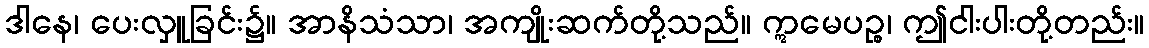
ဒါနေ၊ ပေးလှူခြင်း၌။ အာနိသံသာ၊ အကျိုးဆက်တို့သည်။ ဣမေပဉ္စ၊ ဤငါးပါးတို့တည်း။